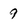
Character: 9